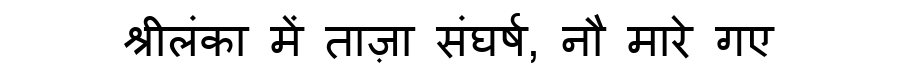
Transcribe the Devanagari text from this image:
श्रीलंका में ताज़ा संघर्ष, नौ मारे गए